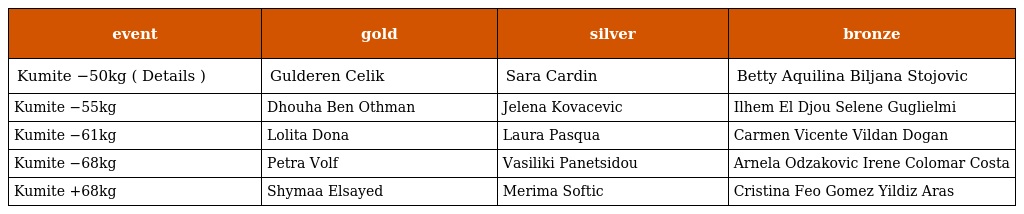
| event | gold | silver | bronze |
 | --- | --- | --- | --- |
 | Kumite −50kg ( Details ) | Gulderen Celik | Sara Cardin | Betty Aquilina Biljana Stojovic |
 | Kumite −55kg | Dhouha Ben Othman | Jelena Kovacevic | Ilhem El Djou Selene Guglielmi |
 | Kumite −61kg | Lolita Dona | Laura Pasqua | Carmen Vicente Vildan Dogan |
 | Kumite −68kg | Petra Volf | Vasiliki Panetsidou | Arnela Odzakovic Irene Colomar Costa |
 | Kumite +68kg | Shymaa Elsayed | Merima Softic | Cristina Feo Gomez Yildiz Aras |